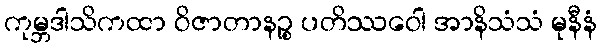
ကုမ္ဘဒါသိကထာ ဝိဇာတာနဉ္စ ပတိဿဝေါ အာနိသံသံ မုနီနံ